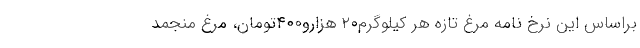
براساس این نرخ نامه مرغ تازه هر کیلوگرم۲۰ هزارو۴۰۰تومان، مرغ منجمد